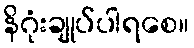
နိဂုံးချုပ်ပါရစေ။